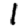
Digit: 1